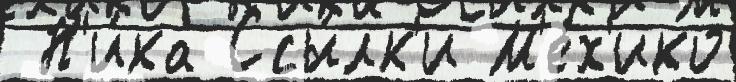
 Н'и́ка Ссы́лк'и М'е́х'ико